Problem: 47 + 42 = ?
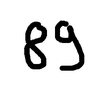
Handwritten answer: 89